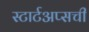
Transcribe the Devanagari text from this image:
स्टार्टअप्सची